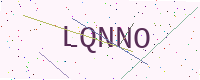
Text: LQNNO